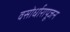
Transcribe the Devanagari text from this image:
वसोर्धारापूजन